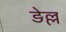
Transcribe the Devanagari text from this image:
डेल्ल